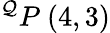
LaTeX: ^{\mathcal{Q}}P\ (4,3)